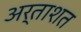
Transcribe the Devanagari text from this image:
अर्ताशत